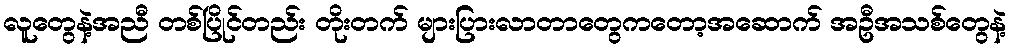
လူတွေနဲ့အညီ တစ်ပြိုင်တည်း တိုးတက် များပြားလာတာတွေကတော့အဆောက် အဦအသစ်တွေနဲ့